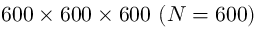
6 0 0 \times 6 0 0 \times 6 0 0 ~ ( N = 6 0 0 )